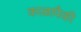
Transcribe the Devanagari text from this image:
काळापैकी